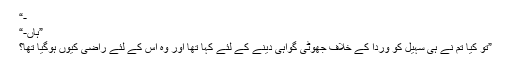
-“
”ہاں-“
”تو کیا تم نے ہی سہیل کو وردا کے خلاف جھوٹی گواہی دینے کے لئے کہا تھا اور وہ اس کے لئے راضی کیوں ہوگیا تھا؟